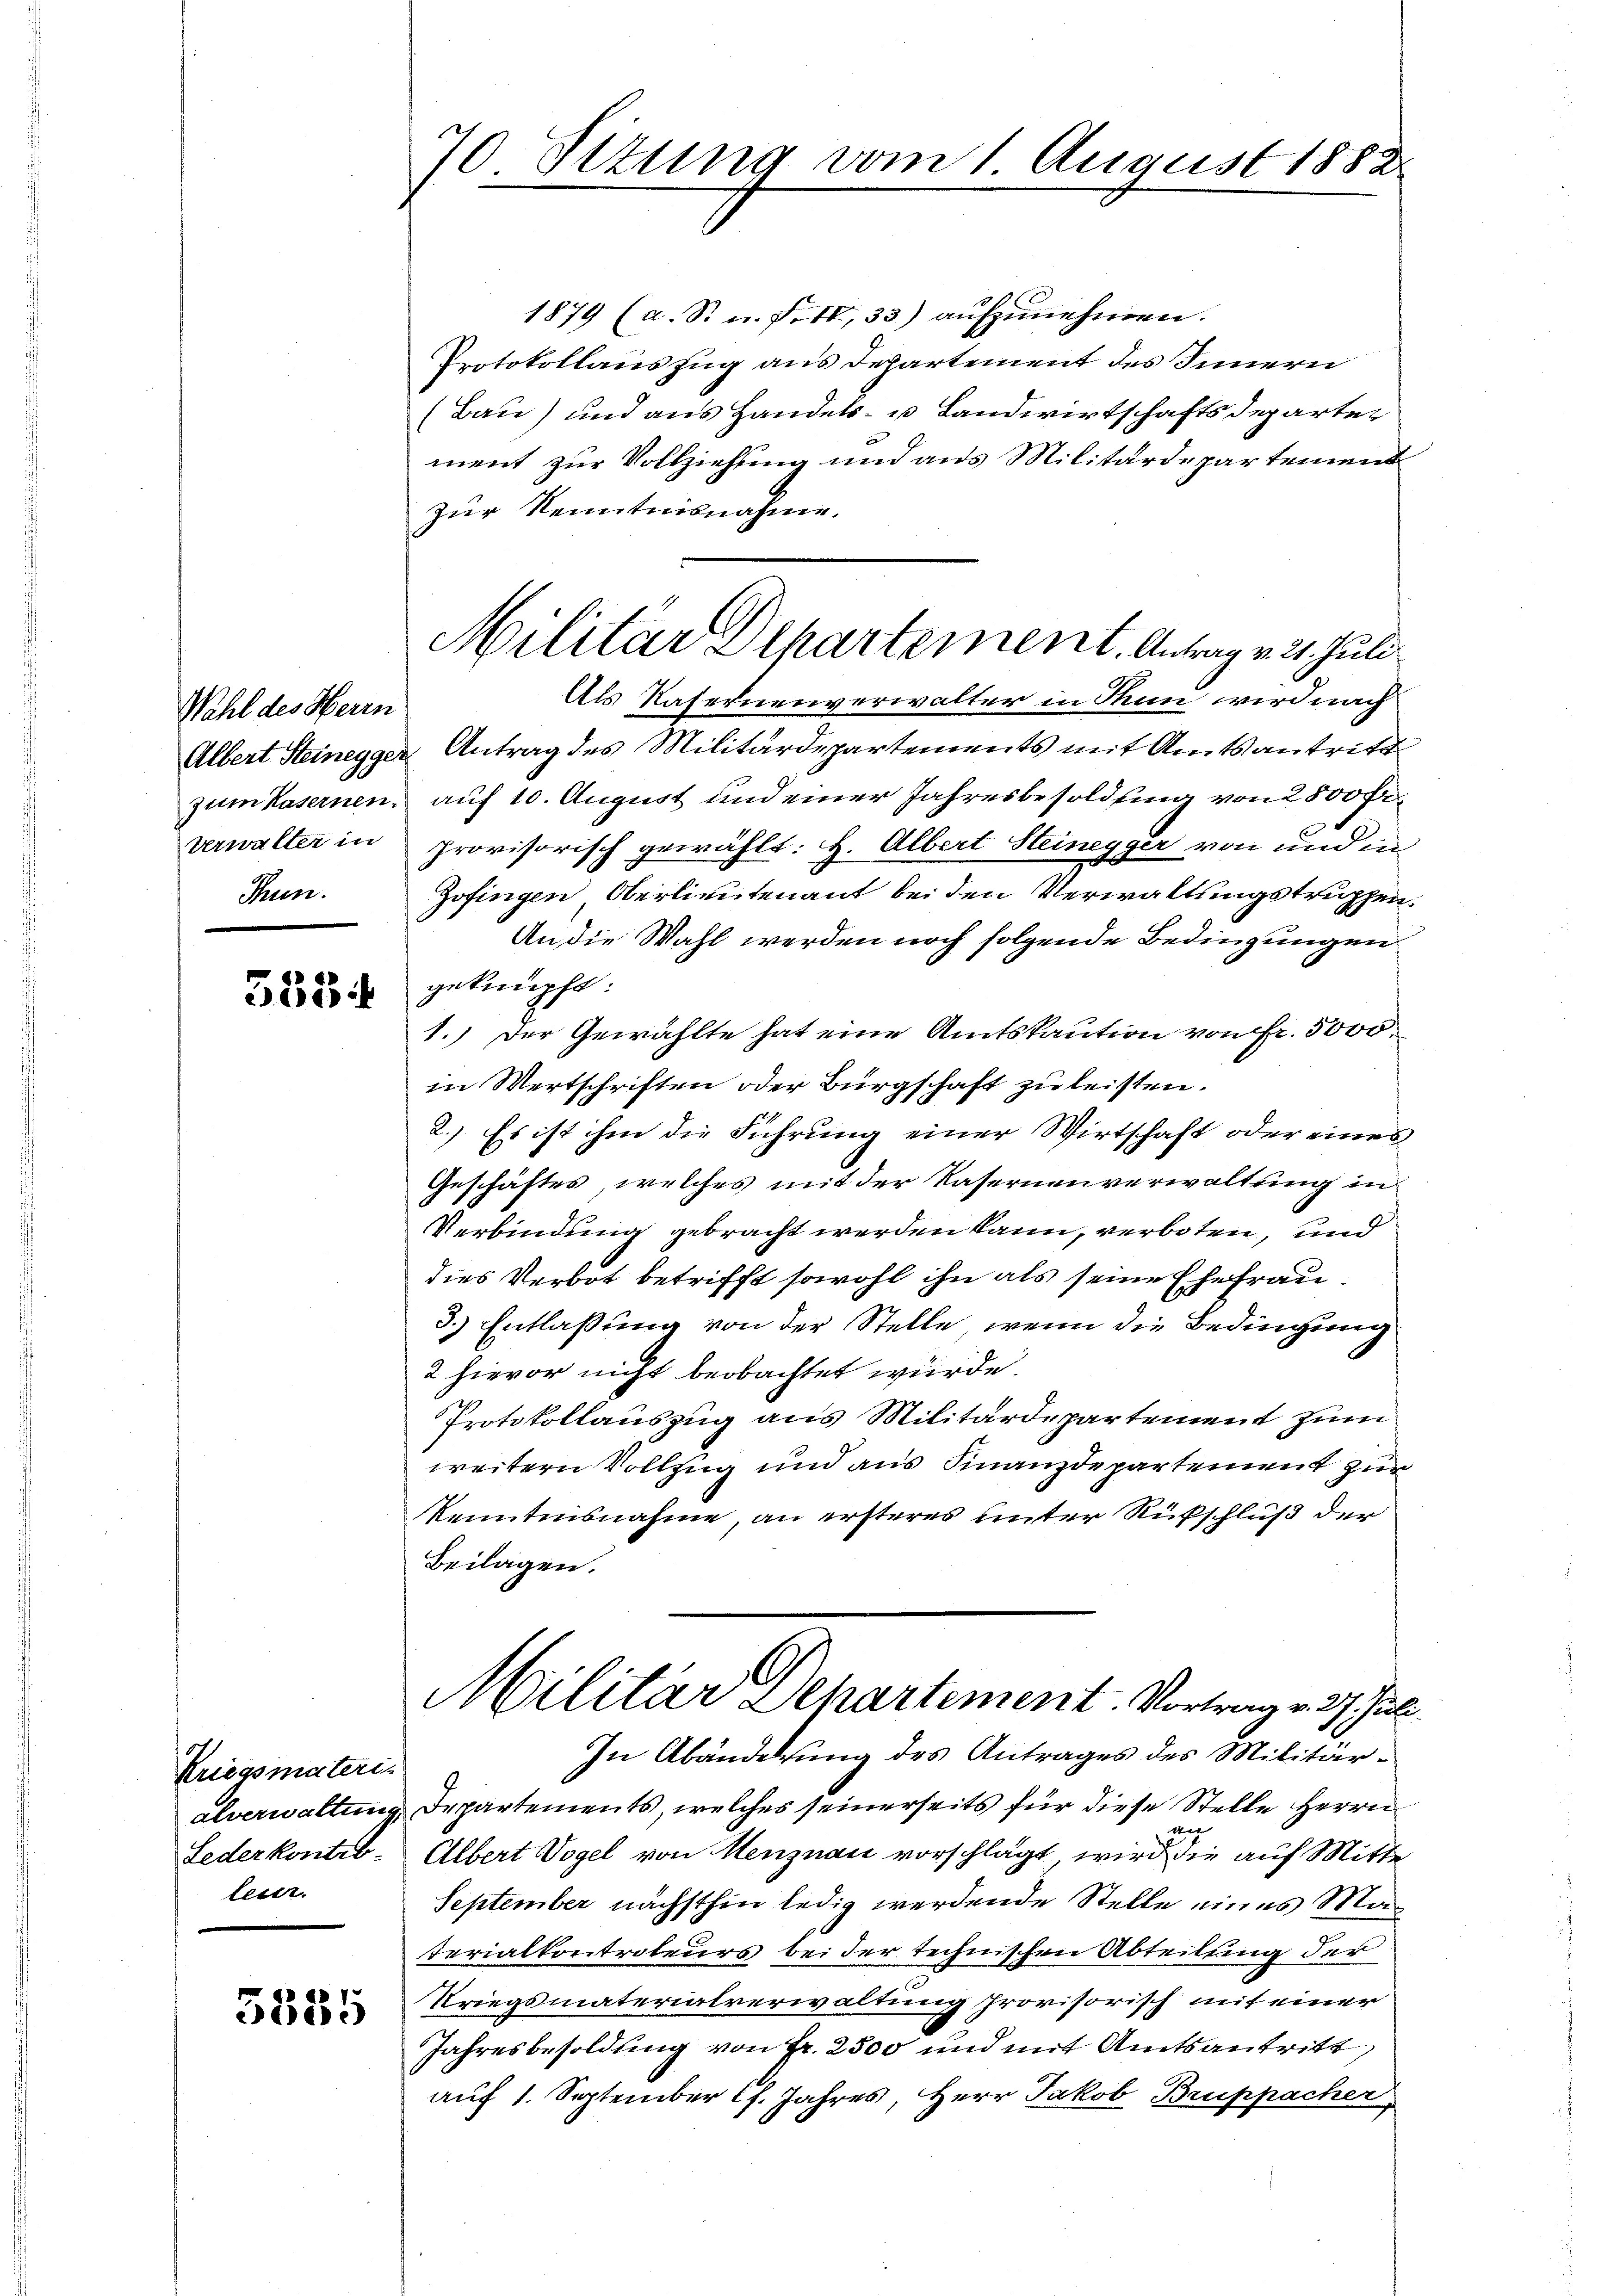
Wahl des Herrn
Verwalter in
Thun.

553

Kriegsmateris
Lederkontro-
teuer.

5335

70. Setung vom 1. August 1882

1879 (a. S. u. Fett, 33) aufzunehmen.
Protokollauszug aus Departement des Innern
(Bau) und aus Handels- u Landwirtschaftsdeparter
ment zur Vollziehung und aus Militärdepartement
zur Renntnisnahme.
Als Hafernenverwalter in Thun wird nach
Albert Steinegger Antrag des Militärdepartements mit Amtsantritt
zum Kasernen, auf 10. August und einer Jahresbesoldung von 2500 Fr.
provisorisch gewählt: H. Albert Steinegger von und in
Zofingen Oberlieutenant bei den Verwaltungstruppen.
An die Wahl werden noch folgende Bedingungen
geknüpft:
1.) Der Gewählte hat eine Amtskaution von Fr. 5000
in Wertschriften oder Bürgschaft zu leisten.
2.) Es ist ihm die Führung einer Wirtschaft oder eines
Geschäftes, welches mit der Kasernenverwaltung in
Verbindung gebracht werden kann, verboten, und
dies Verbot betrifft sowohl ihn als seine Ehefrau.
3.) Entlaßung von der Stelle, wenn die Bedingung
2 hievor nicht beobachtet würde.
Protokollauszug aus Militärdepartement zum
weitern Vollzug und aus Finanzdepartement zur
kenntnisnahme, an ersteres unter Rufschluß der
Beilagen.
Militar Departement. Vortrag v. 27. Juli.
In Abänderung des Antrages des Militäralverwaltung Departements, welches seinerseits für diese Stelle Herrn
g
Albert Vogel von Menznau vorschlägt, wird die auf Mitte
September nächsthin ledig werdende Stelle eines Materialkontrateurs bei der technischen Abteilung der
Kriegsmaterialverwaltung provisorisch mit einer
Jahresbesoldung von Fr. 2500 und mit Amtsantritt,
auf 1. September Ch. Jahres, Herr Jakob Bruppacher

Militar Departement. Antrage 21. Juli